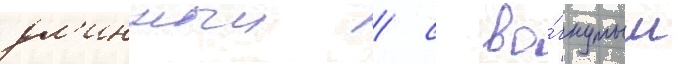
дл'инныи / с во́гнутым